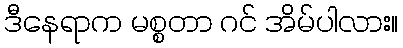
ဒီနေရာက မစ္စတာ ဂင် အိမ်ပါလား။